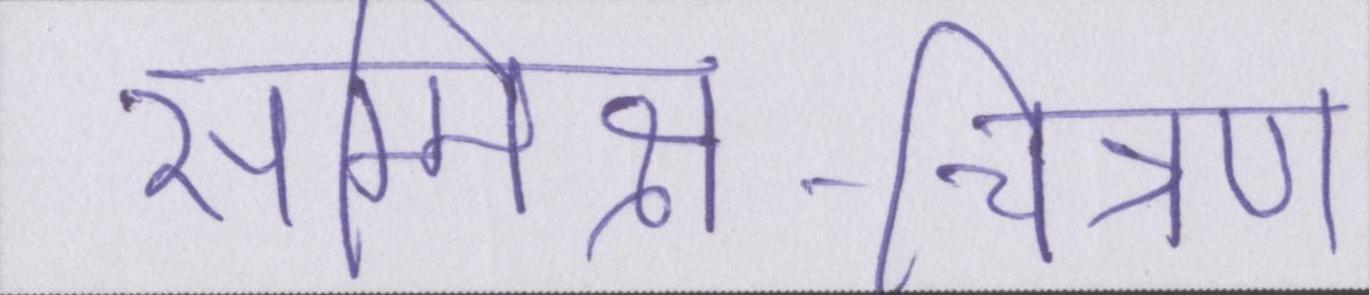
सम्मिश्र-चित्रण